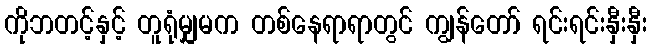
ကိုဘတင့်နှင့် တူရုံမျှမက တစ်နေရာရာတွင် ကျွန်တော် ရင်းရင်းနှီးနှီး